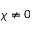
\chi \neq 0